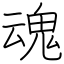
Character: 魂